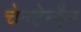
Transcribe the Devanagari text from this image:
चेल्टेन्हैम